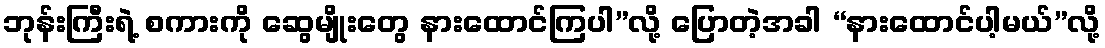
ဘုန်းကြီးရဲ့ စကားကို ဆွေမျိုးတွေ နားထောင်ကြပါ”လို့ ပြောတဲ့အခါ “နားထောင်ပါ့မယ်”လို့